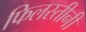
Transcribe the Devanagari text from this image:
फिलस्तीनी